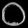
Digit: ၀